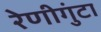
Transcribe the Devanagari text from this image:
रेणीगुंटा